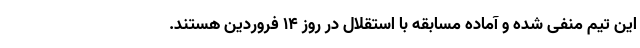
این تیم منفی شده و آماده مسابقه با استقلال در روز ۱۴ فروردین هستند.